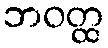
ဘဝတ္ထ